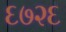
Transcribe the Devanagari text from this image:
६७२६